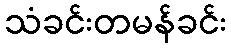
သံခင်းတမန်ခင်း